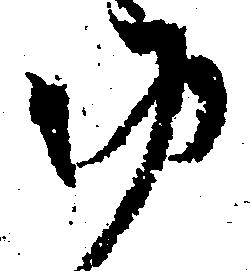
ゆ